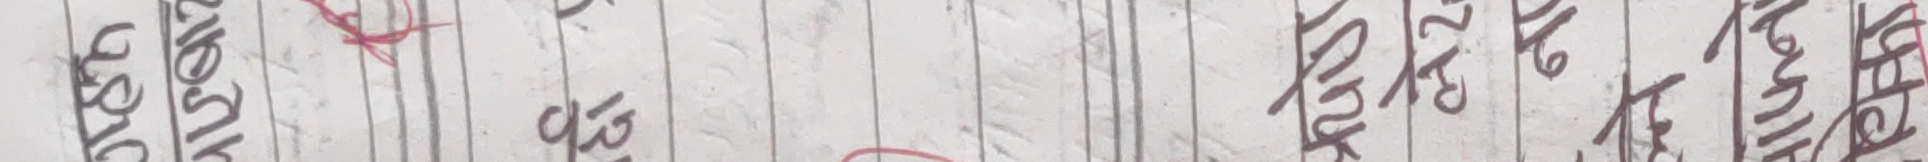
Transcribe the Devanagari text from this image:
उसने १३ चले छोड्यो पायो आईपुगे